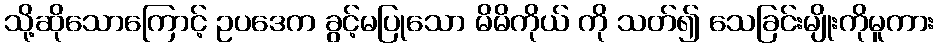
သို့ဆိုသောကြောင့် ဥပဒေက ခွင့်မပြုသော မိမိကိုယ် ကို သတ်၍ သေခြင်းမျိုးကိုမူကား